Lunatic asylums in Bengal annual reports 1888-1898 - 1888-1898
Year: 1888
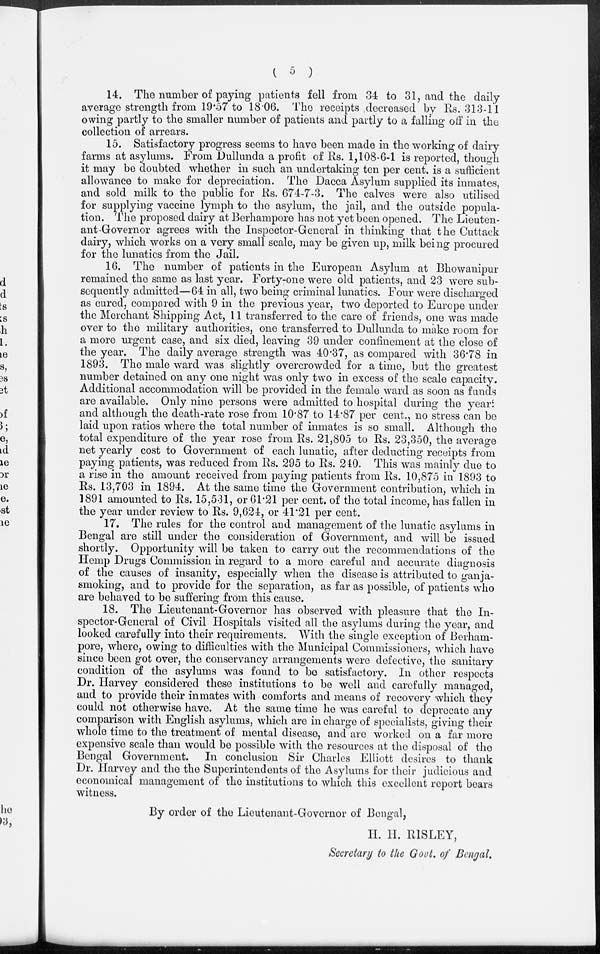
(5)
14. The number of paying patients fell from 34 to 31, and the daily
average strength from 19.57 to 18.06. The receipts decreased by Rs. 313-11
owing partly to the smaller number of patients and partly to a falling off in the
collection of arrears.
15. Satisfactory progress seems to have been made in the working of dairy
farms at asylums. From Dullunda a profit of Rs. 1,108-6-1 is reported, though
it may be doubted whether in such an undertaking ten per cent. is a sufficient
allowance to make for depreciation. The Dacca Asylum supplied its inmates,
and sold milk to the public for Rs. 674-7-3. The calves were also utilised
for supplying vaccine lymph to the asylum, the jail, and the outside popula-
tion. The proposed dairy at Berhampore has not yet been opened. The Lieuten-
ant-Governor agrees with the Inspector-General in thinking that the Cuttack
dairy, which works on a very small scale, may be given up, milk being procured
for the lunatics from the Jail.
16. The number of patients in the European Asylum at Bhowanipur
remained the same as last year. Forty-one were old patients, and 23 were sub-
sequently admitted—64 in all, two being criminal lunatics. Four were discharged
as cured, compared with 9 in the previous year, two deported to Europe under
the Merchant Shipping Act, 11 transferred to the care of friends, one was made
over to the military authorities, one transferred to Dullunda to make room for
a more urgent case, and six died, leaving 39 under confinement at the close of
the year. The daily average strength was 40.37, as compared with 36.78 in
1893. The male ward was slightly overcrowded for a time, but the greatest
number detained on any one night was only two in excess of the scale capacity.
Additional accommodation will be provided in the female ward as soon as funds
are available. Only nine persons were admitted to hospital during the year.
and although the death-rate rose from 10.87 to 14.87 per cent., no stress can be
laid upon ratios where the total number of inmates is so small. Although the
total expenditure of the year rose from Rs. 21,805 to Rs. 23,350, the average
net yearly cost to Government of each lunatic, after deducting receipts from
paying patients, was reduced from Rs. 295 to Rs. 240. This was mainly due to
a rise in the amount received from paying patients from Rs. 10,875 in 1893 to
Rs. 13,703 in 1894. At the same time the Government contribution, which in
1891 amounted to Rs. 15,531, or 61.21 per cent. of the total income, has fallen in
the year under review to Rs. 9,624, or 41.21 per cent.
17. The rules for the control and management of the lunatic asylums in
Bengal are still under the consideration of Government, and will be issued
shortly. Opportunity will be taken to carry out the recommendations of the
Hemp Drugs Commission in regard to a more careful and accurate diagnosis
of the causes of insanity, especially when the disease is attributed to ganja-
smoking, and to provide for the separation, as far as possible, of patients who
are behaved to be suffering from this cause.
18. The Lieutenant-Governor has observed with pleasure that the In-
spector-General of Civil Hospitals visited all the asylums during the year, and
looked carefully into their requirements. With the single exception of Berham-
pore, where, owing to difficulties with the Municipal Commissioners, which have
since been got over, the conservancy arrangements were defective, the sanitary
condition of the asylums was found to be satisfactory. In other respects
Dr. Harvey considered these institutions to be well and carefully managed,
and to provide their inmates with comforts and means of recovery which they
could not otherwise have. At the same time he was careful to deprecate any
comparison with English asylums, which are in charge of specialists, giving their
whole time to the treatment of mental disease, and are worked on a far more
expensive scale than would be possible with the resources at the disposal of the
Bengal Government. In conclusion Sir Charles Elliott desires to thank
Dr. Harvey and the the Superintendents of the Asylums for their judicious and
economical management of the institutions to which this excellent report bears
witness.
By order of the Lieutenant-Governor of Bengal,
H. H. RISLEY,
Secretary to the Govt. of Bengal.